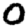
Digit: 0